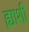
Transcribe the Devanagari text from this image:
ह्याशी